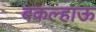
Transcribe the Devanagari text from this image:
बकल्हाऊ